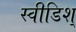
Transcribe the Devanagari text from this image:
स्वीडिश्